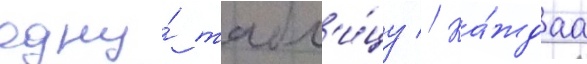
одну́ табл'и́цу // Ка́ждаа